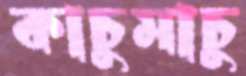
কাচুমাচু